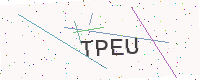
Text: TPEU